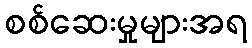
စစ်ဆေးမှုများအရ